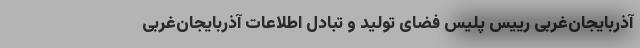
آذربایجان‌غربی رییس پلیس فضای تولید و تبادل اطلاعات آذربایجان‌غربی